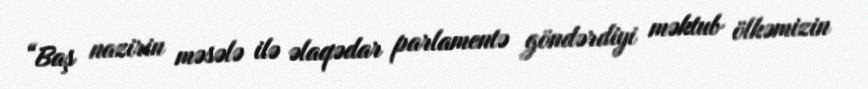
“Baş nazirin məsələ ilə əlaqədar parlamentə göndərdiyi məktub ölkəmizin